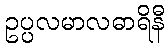
ဥပ္ပလမာလဓာရိနီ